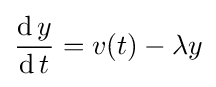
{\operatorname {d} y \over \operatorname {d} t}=v(t)-\lambda y